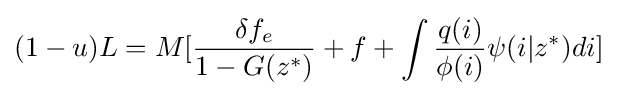
(1-u)L=M[{\frac {\delta f_{e}}{1-G(z^{*})}}+f+\int {\frac {q(i)}{\phi (i)}}\psi (i|z^{*})di]